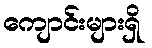
ကျောင်းများရှိ